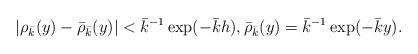
LaTeX: \begin{align*} |\rho_{\bar k}(y)- \bar \rho_{\bar k}(y)| < \bar k^{-1} \exp(- \bar k h), \bar \rho_{\bar k}(y) =\bar k^{-1}\exp(-\bar k y). \end{align*}